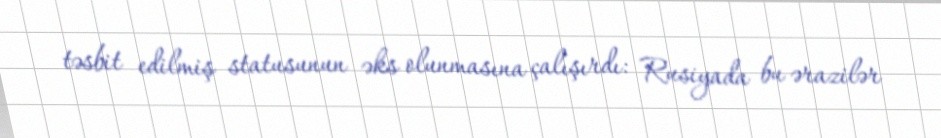
təsbit edilmiş statusunun əks olunmasına çalışırdı: Rusiyada bu ərazilər